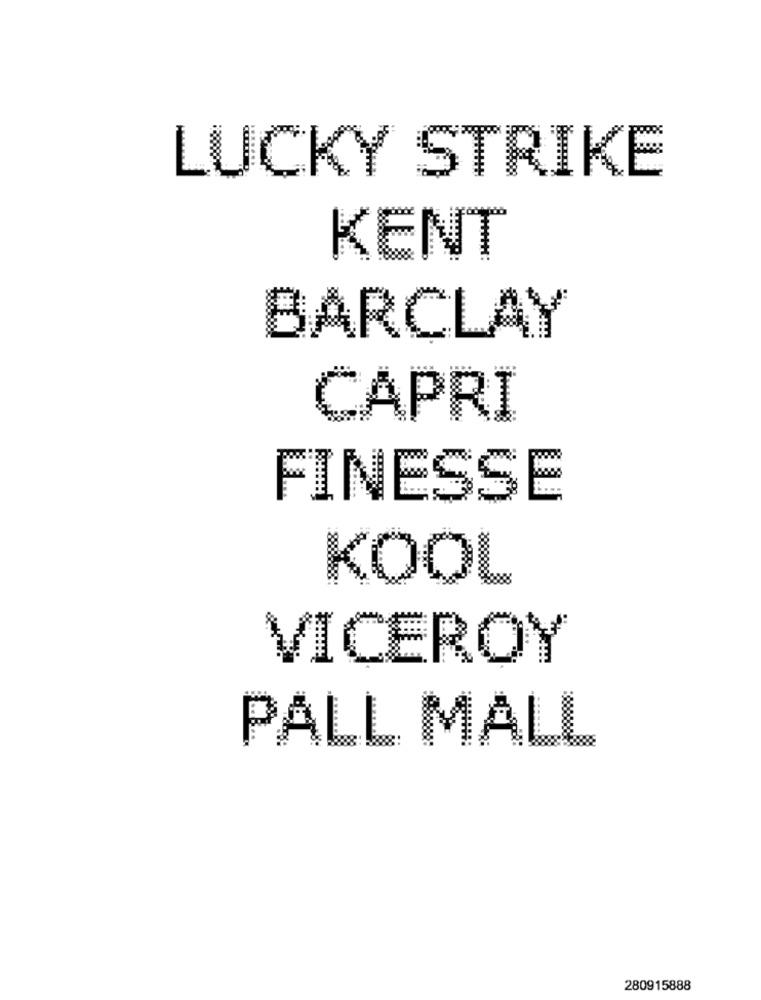
LUCKY STRIKE
KENT
BARCLAY
CAPRI
FINESSE
KOOL
VICEROY
PALL MALL
280915888